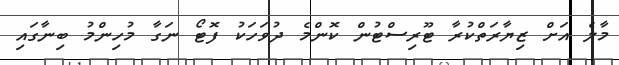
މާލެ އަށް ޒިޔާރަތްކުރާ ޓޫރިސްޓުން ކޮންމެ ދުވަހަކު ފޮޓޯ ނަގާ މުހިންމު ބިނާގައި